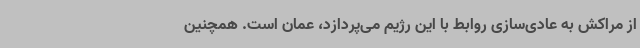
از مراکش به عادی‌سازی روابط با این رژیم می‌پردازد، عمان است. همچنین